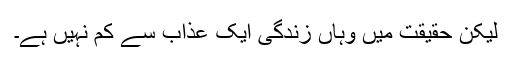
لیکن حقیقت میں وہاں زندگی ایک عذاب سے کم نہیں ہے۔